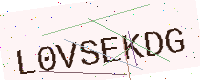
Text: L0VSEKDG